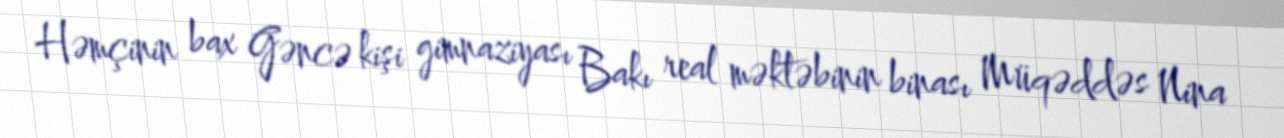
Həmçinin bax Gəncə kişi gimnaziyası Bakı real məktəbinin binası Müqəddəs Nina